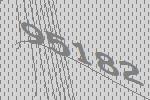
95182